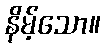
နိမ့်သော။